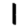
Digit: 1